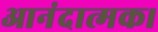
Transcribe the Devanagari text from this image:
आनंदात्मक।